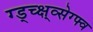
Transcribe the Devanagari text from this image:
ग्ड्च्क्ष्व्सेग्फ्व